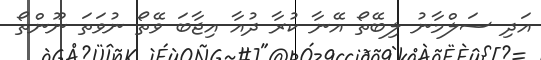
އަދި ސަލްމާނު ލިބޭތޯ އޭނާ ކުރާ ދުއާ އިޖާބަ ވޭތޯ ނުވަތަ ނޫންތޯ